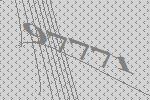
97771